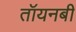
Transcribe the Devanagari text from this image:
तॉयनबी